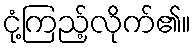
ငုံ့ကြည့်လိုက်၏။